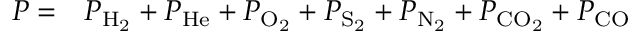
\begin{array} { r l } { P = } & { { } P _ { \mathrm { H _ { 2 } } } + P _ { \mathrm { H e } } + P _ { \mathrm { O _ { 2 } } } + P _ { \mathrm { S _ { 2 } } } + P _ { \mathrm { N _ { 2 } } } + P _ { \mathrm { C O _ { 2 } } } + P _ { \mathrm { C O } } } \end{array}